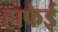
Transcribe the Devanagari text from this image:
हाफेई